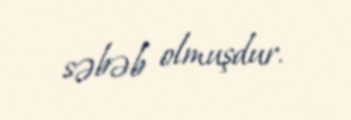
səbəb olmuşdur.